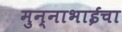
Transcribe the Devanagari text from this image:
मुन्नाभाईचा